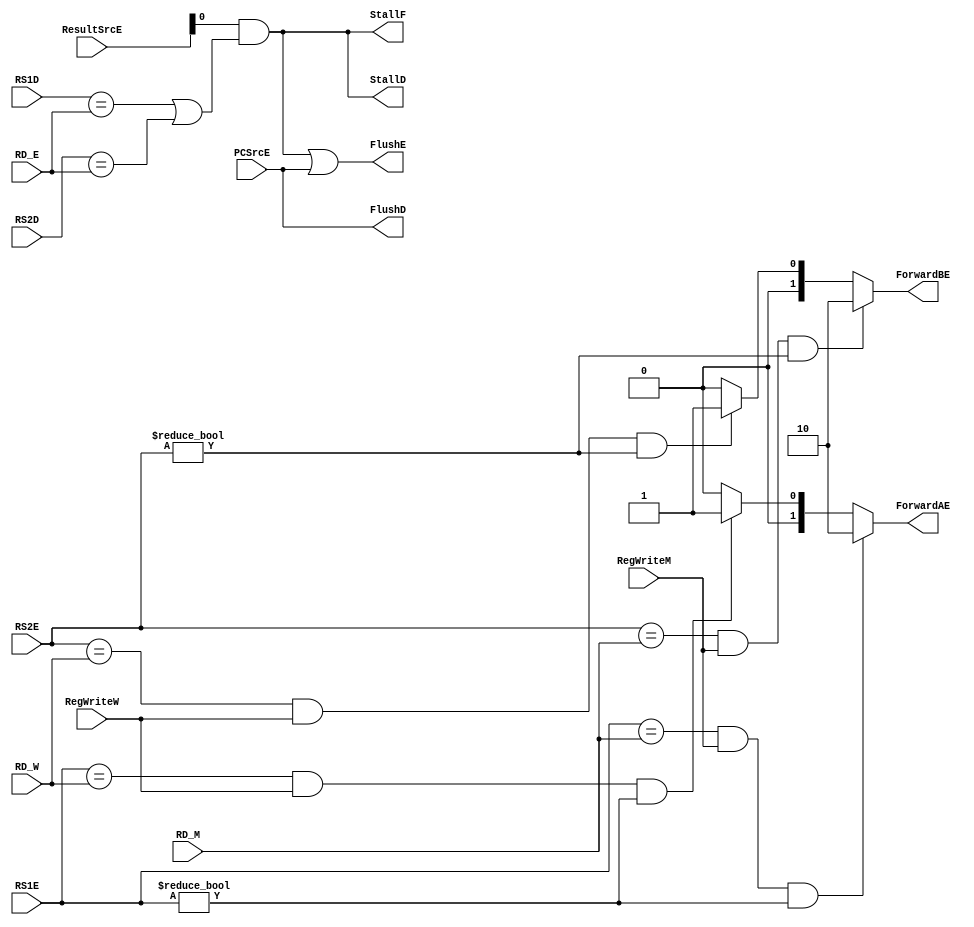
`timescale 1ns / 1ps
//////////////////////////////////////////////////////////////////////////////////
// Company: 
// Engineer: 
// 
// Design Name: 
// Module Name: Hazard_Unit
// Project Name: 
// Target Devices: 
// Tool Versions: 
// Description: 
// 
// Dependencies: 
// 
// Revision:
// Revision 0.01 - File Created
// Additional Comments:
// 
//////////////////////////////////////////////////////////////////////////////////


module Hazard_Unit( input wire PCSrcE,
input wire [4:0] RS1D,RS2D,RS1E,RS2E,RD_E,RD_M,RD_W,
input wire RegWriteM,RegWriteW,
input wire [1:0] ResultSrcE,
output wire FlushD,FlushE,StallD,StallF,
output reg [1:0] ForwardAE,ForwardBE);
wire lwStall ;
always@(*)
begin 
if (((RS1E == RD_M) && RegWriteM) && (RS1E != 0))
 ForwardAE <= 10;
else if (((RS1E == RD_W) && RegWriteW) && (RS1E != 0)) 
 ForwardAE <= 01;
else  
 ForwardAE <= 00;
end 
always@(*)
begin 
if (((RS2E == RD_M) && RegWriteM) && (RS2E != 0))
 ForwardBE <= 10;
else if (((RS2E == RD_W) && RegWriteW) && (RS2E != 0)) 
 ForwardBE <= 01;
else  
 ForwardBE <= 00;
end 
//Stall when a load hazard occurs:
assign lwStall = ResultSrcE & ((RS1D == RD_E) | (RS2D == RD_E)) ;
assign StallF = lwStall ;
assign StallD = lwStall ;
//Flush when a branch is taken or a load introduces a bubble:
assign FlushD = PCSrcE ;
assign FlushE = lwStall | PCSrcE ;  
endmodule